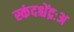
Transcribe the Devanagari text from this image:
स्कंदश्चेंद्रःअ